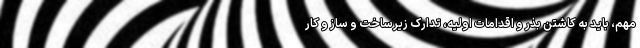
مهم، باید به کاشتن بذر و اقدامات اولیه، تدارک زیرساخت و ساز و کار